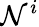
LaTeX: \mathcal{N}^{i}